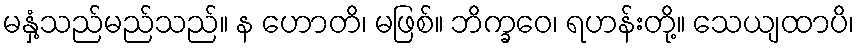
မနှံ့သည်မည်သည်။ န ဟောတိ၊ မဖြစ်။ ဘိက္ခဝေ၊ ရဟန်းတို့။ သေယျထာပိ၊